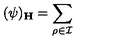
( \psi ) _ { \bf H } = \sum _ { \rho \in { \cal I } }